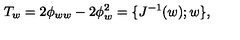
T _ { w } = 2 \phi _ { w w } - 2 \phi _ { w } ^ { 2 } = \{ J ^ { - 1 } ( w ) ; w \} ,